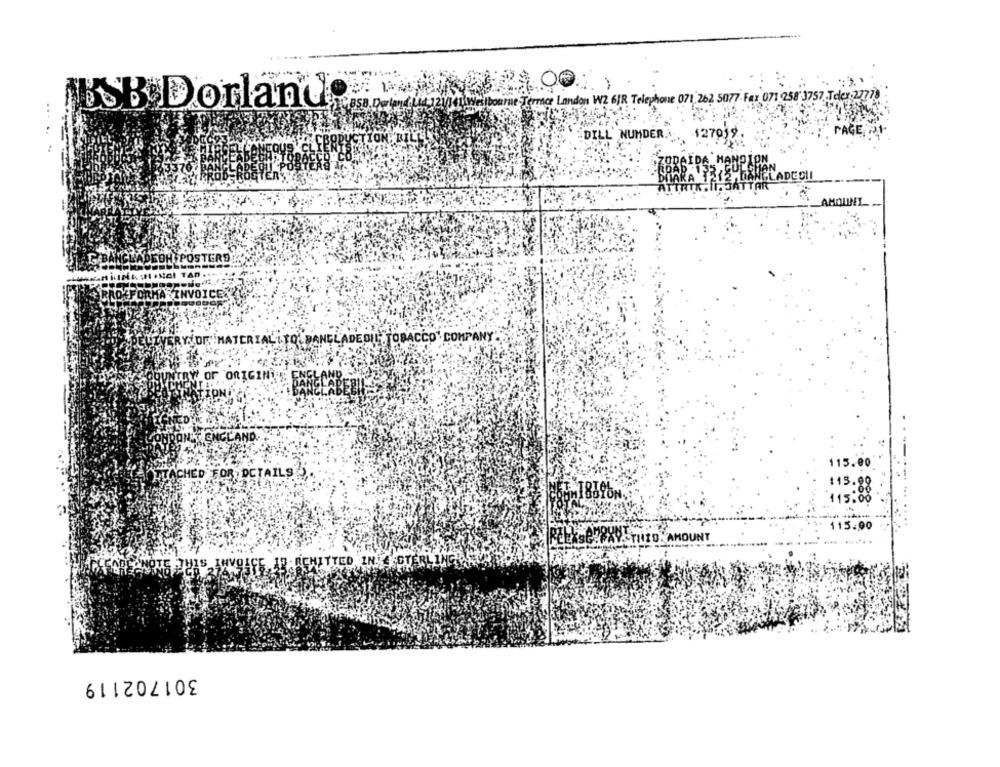
00.
BSB Dorlando w
errace Landon W2 6JR Telephone 071, 262, 5077- Fax 071 258 3757.Teler 2778
PAGE
DILL' NUMDER.
1270)
DA HANPER
ADECLI
AMOUNT
POSTERS
Mol TAn
RY OF MATERIAL . TO' BANGLADEDIL; TOBACCO' COMPANY"
NITRY OF ORIGIN' : ENGLAND
NGLAPERIL
BEEN
115.00
CHED FOR DETAILS
115 :0
115.00
EASC-RAYSTILO. AMOUNT
301702119